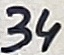
Text: 34